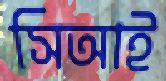
সিআই